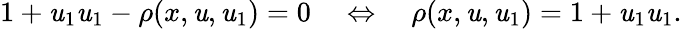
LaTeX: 1+\mathit{u}_{1}\mathit{u}_{1}-\rho(x,\mathit{u},\mathit{u}_{1})=0\quad\Leftrightarrow\quad\rho(x,\mathit{u},\mathit{u}_{1})=1+\mathit{u}_{1}\mathit{u}_{1}.